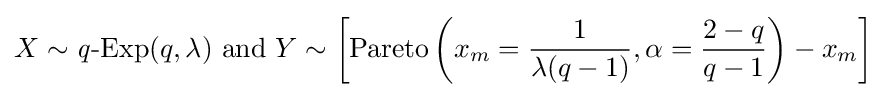
X\sim \operatorname {{\mathit {q}}-Exp} (q,\lambda ){\text{ and }}Y\sim \left[\operatorname {Pareto} \left(x_{m}={\frac {1}{\lambda (q-1)}},\alpha ={\frac {2-q}{q-1}}\right)-x_{m}\right]